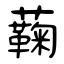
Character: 蘜